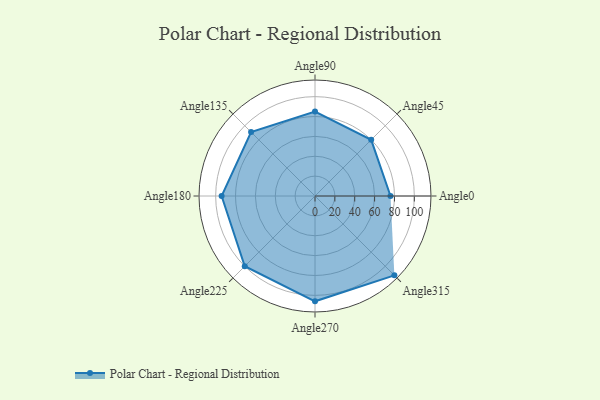
{"axis": {"x": "Angle", "y": "Radius"}, "legend": [""], "data": [{"x": "Angle0", "y": 76.0, "type": ""}, {"x": "Angle45", "y": 80.0, "type": ""}, {"x": "Angle90", "y": 85.0, "type": ""}, {"x": "Angle135", "y": 91.0, "type": ""}, {"x": "Angle180", "y": 94.0, "type": ""}, {"x": "Angle225", "y": 100.0, "type": ""}, {"x": "Angle270", "y": 106.0, "type": ""}, {"x": "Angle315", "y": 113.0, "type": ""}]}